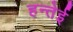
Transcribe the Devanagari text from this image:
हन्तेई